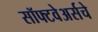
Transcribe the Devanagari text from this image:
सॉफ्टवेअर्सचे